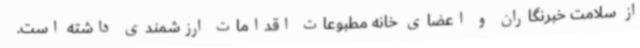
از سلامت خبرنگاران و اعضای خانه مطبوعات اقدامات ارزشمندی داشته است.